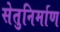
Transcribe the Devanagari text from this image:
सेतुनिर्माण